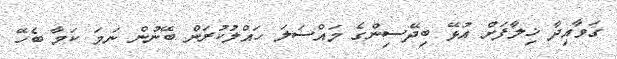
ގަވާއިދާ ޚިލާފަށް އުޅޭ ބިދޭސިންގެ މައްސަލަ ހައްލުކުރަން ބޭނުން ނަމަ ކަމާ ބެހޭ